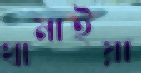
থামাইয়া